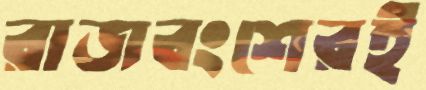
রাজবংশেরই